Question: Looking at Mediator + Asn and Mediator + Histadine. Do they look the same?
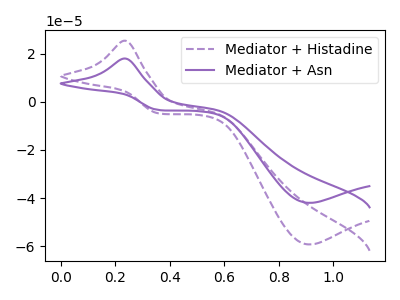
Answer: <think>The purple dashed curve "Mediator + Histadine" has an anodic peak at (0.25V, 25.35uA) and a cathodic peak at (0.90V, -59.25uA). The purple curve "Mediator + Asn" has an anodic peak at (0.25V, 17.95uA) and a cathodic peak at (0.90V, -41.95uA).
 All the peaks in "Mediator + Asn" have a peak in "Mediator + Histadine" at the same potential. Every peak in "Mediator + Asn" is lower than every peak in "Mediator + Histadine".</think>
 <answer>"Mediator + Asn" and "Mediator + Histadine" are similar in shape.</answer>
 <eval>same_shape</eval>